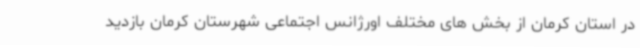
در استان کرمان از بخش های مختلف اورژانس اجتماعی شهرستان کرمان بازدید